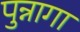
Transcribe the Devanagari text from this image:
पुन्नागा